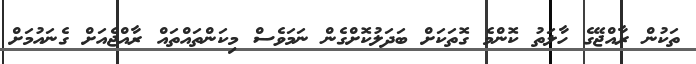
ތަކުން ރާއްޖޭގެ ހާލަތު ކޮންމެ ގޮތަކަށް ބަދަލުކޮށްގެން ނަމަވެސް މިކަންތައްތައް ރާއްޖެއަށް ގެނައުމަށް